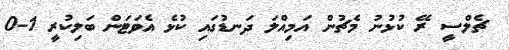
ޗެލްސީ ރޭ ކުޅުނު މެޗުން އަމިއްލަ ދަނޑުގައި ކުޅެ އެވަޓަން ބަލިކުރީ 1-0